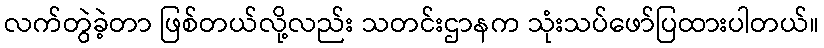
လက်တွဲခဲ့တာ ဖြစ်တယ်လို့လည်း သတင်းဌာနက သုံးသပ်ဖော်ပြထားပါတယ်။